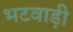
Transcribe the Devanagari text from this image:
भटवाड़ी